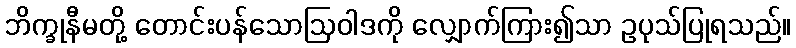
ဘိက္ခုနီမတို့ တောင်းပန်သောဩဝါဒကို လျှောက်ကြား၍သာ ဥပုသ်ပြုရသည်။